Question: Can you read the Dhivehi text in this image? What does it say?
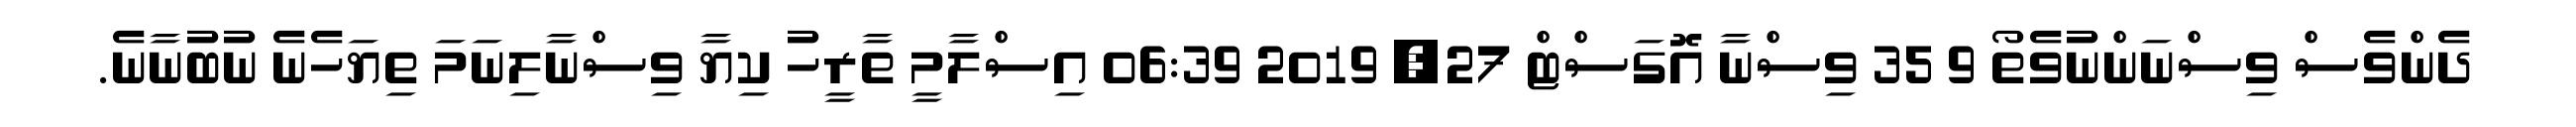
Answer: ދެންވެސް ވިސްނަންނުވެތޯ 9 35 ވިސްނާ އޮގަސްޓް 27, 2019 06:39 އިސްލާމީ ތާރީހު ކިޔާ ވިސްނާލިނަމަ ތިޔަހެނެ ނުބުނާނެ.